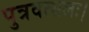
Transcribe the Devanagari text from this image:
पुत्रवत्सलः।